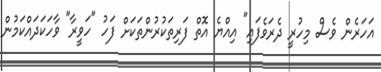
އަހަރެން ވެސް މިހުރީ ދެރަވެފައި" އިއްޔެ އޮތް ފަރިތަކުރުންތަކަށް ފަހު "ހަވީރާ" ވާހަކަދައްކަމުން